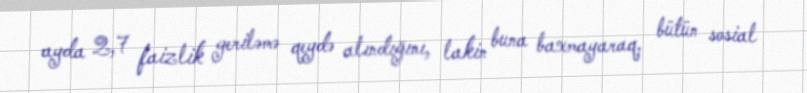
ayda 2,7 faizlik geriləmə qeydə alındığını, lakin buna baxmayaraq, bütün sosial